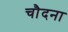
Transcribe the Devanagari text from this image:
चौदना